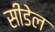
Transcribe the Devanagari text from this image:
सीडेल